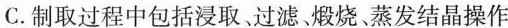
C. 制取过程中包括浸取过滤煅烧蒸发结晶操作